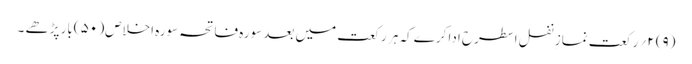
(۹) ۲؍ رکعت نمازِ نفل اسطرح ادا کرے کہ ہر رکعت میں بعد سورہ فاتحہ سورہ اخلاص( ۵۰ )بار پڑھے ۔